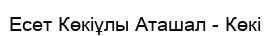
Есет Көкіұлы Аташал - Көкі